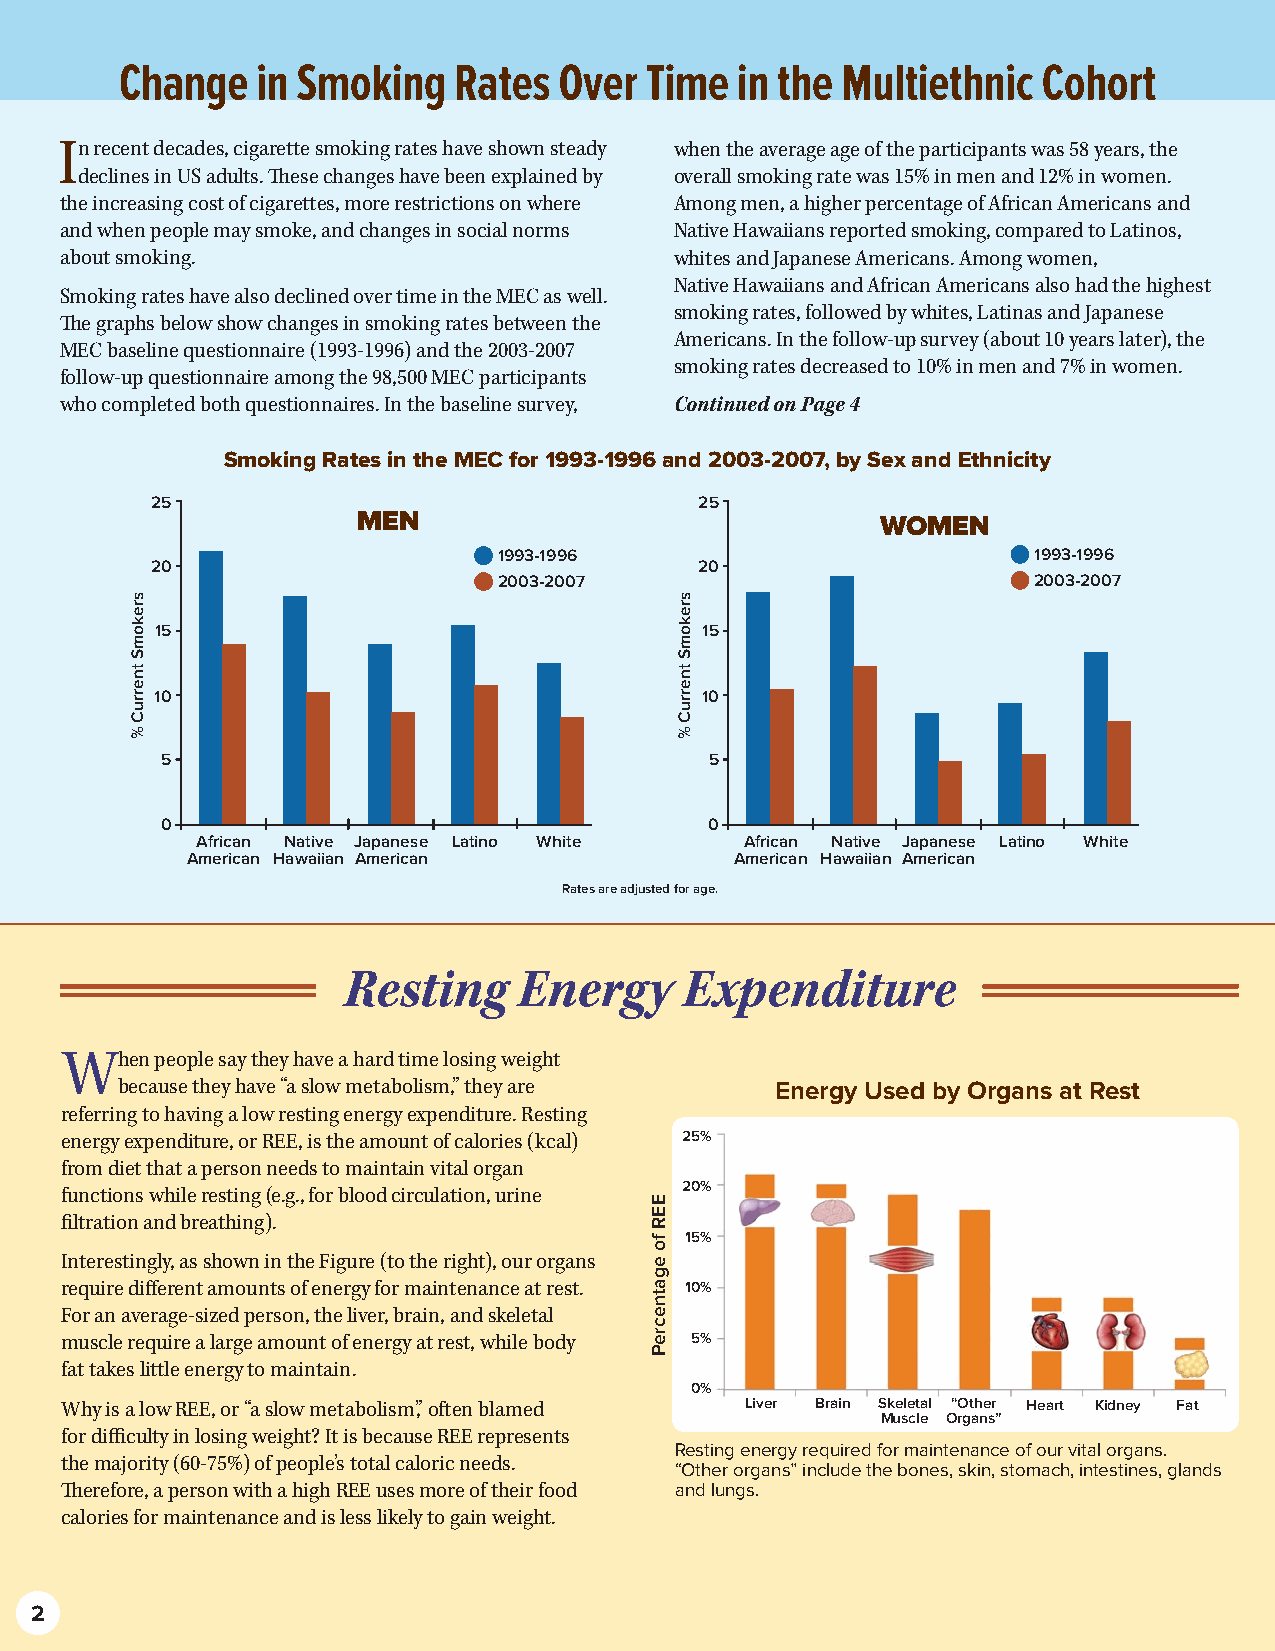
Change   in Smoking   Rates  Over  Time  in the Multiethnic  Cohort
 In recent decades, cigarette smoking rates have shown steady when the average age of the participants was 58 years, the
 declines in US adults. These changes have been explained by overall smoking rate was 15% in men and 12% in women.
 the increasing cost of cigarettes, more restrictions on where Among men, a higher percentage of African Americans and
 and when people may smoke, and changes in social norms Native Hawaiians reported smoking, compared to Latinos,
 about smoking.                           whites and Japanese Americans. Among women,
 Native Hawaiians and African Americans also had the highest
 Smoking rates have also declined over time in the MEC as well.
 smoking rates, followed by whites, Latinas and Japanese
 The graphs below show changes in smoking rates between the
 Americans. In the follow-up survey (about 10 years later), the
 MEC baseline questionnaire (1993-1996) and the 2003-2007
 smoking rates decreased to 10% in men and 7% in women.
 follow-up questionnaire among the 98,500 MEC participants
 who completed both questionnaires. In the baseline survey, Continued on Page 4
 Smoking Rates in the MEC for 1993-1996 and 2003-2007, by Sex and Ethnicity
 25                                  25
 MEN                               WOMEN
 1993-1996                          1993-1996
 20                                  20
 2003-2007                          2003-2007
 15                                  15
 10                                  10
 5                                   5
 0                                   0
 African Native Japanese Latino White African Native Japanese Latino White
 American Hawaiian American           American Hawaiian American
 Rates are adjusted for age.
 Resting    Energy     Expenditure
 When  people say they have a hard time losing weight
 because they have “a slow metabolism,” they are Energy Used by Organs at Rest
 referring to having a low resting energy expenditure. Resting
 energy expenditure, or REE, is the amount of calories (kcal) 25%
 from diet that a person needs to maintain vital organ
 functions while resting (e.g., for blood circulation, urine 20%
 filtration and breathing).
 15%
 Interestingly, as shown in the Figure (to the right), our organs
 require different amounts of energy for maintenance at rest. 10%
 For an average-sized person, the liver, brain, and skeletal
 muscle require a large amount of energy at rest, while body 5%
 fat takes little energy to maintain.
 0%
 Why is a low REE, or “a slow metabolism,” often blamed Liver Brain Skeletal “Other Heart Kidney Fat
 Muscle Organs”
 for difficulty in losing weight? It is because REE represents
 Resting energy required for maintenance of our vital organs.
 the majority (60-75%) of people’s total caloric needs.
 “Other organs” include the bones, skin, stomach, intestines, glands
 Therefore, a person with a high REE uses more of their food and lungs.
 calories for maintenance and is less likely to gain weight.
 2
 srekomS
 tnerruC
 %
 EER
 fo
 egatnecreP
 srekomS
 tnerruC
 %